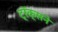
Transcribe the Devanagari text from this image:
ट्रॅक्सने